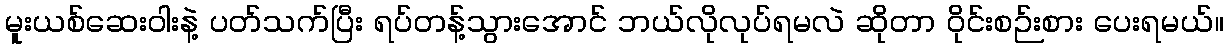
မူးယစ်ဆေးဝါးနဲ့ ပတ်သက်ပြီး ရပ်တန့်သွားအောင် ဘယ်လိုလုပ်ရမလဲ ဆိုတာ ဝိုင်းစဉ်းစား ပေးရမယ်။